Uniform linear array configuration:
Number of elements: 24
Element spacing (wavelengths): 0.75
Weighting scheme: hann
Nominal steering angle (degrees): -30
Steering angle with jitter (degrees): -28.613
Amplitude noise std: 0.05
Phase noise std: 0.05

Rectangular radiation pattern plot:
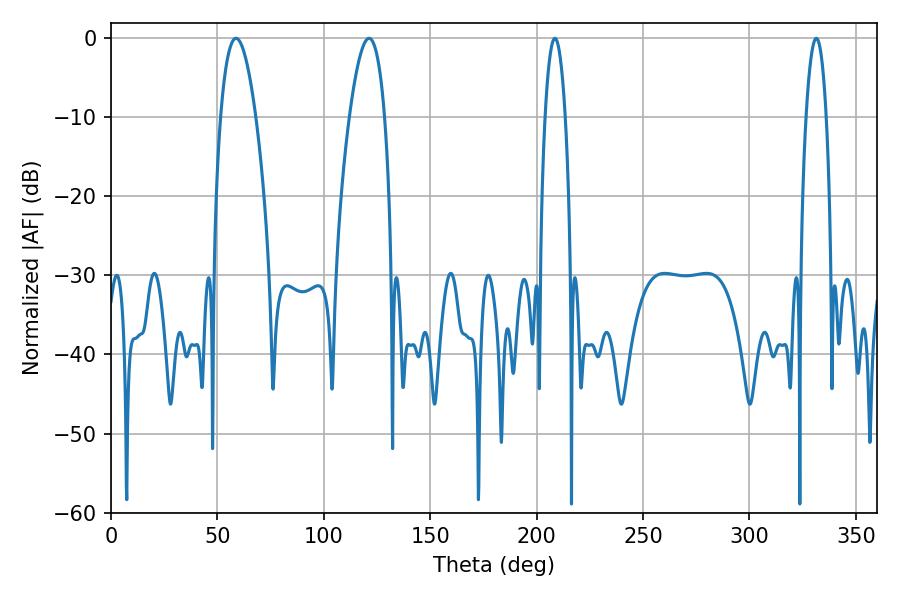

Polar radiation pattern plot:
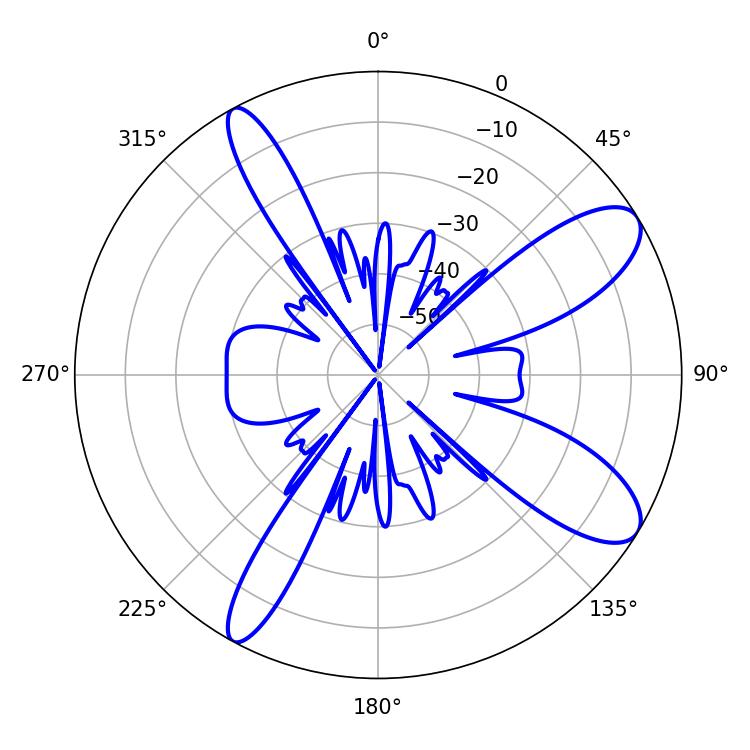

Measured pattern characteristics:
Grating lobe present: TRUE
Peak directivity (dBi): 10.047
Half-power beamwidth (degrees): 5.4
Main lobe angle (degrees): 208.62